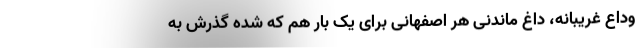
وداع غریبانه، داغ ماندنی هر اصفهانی برای یک بار هم که شده گذرش به